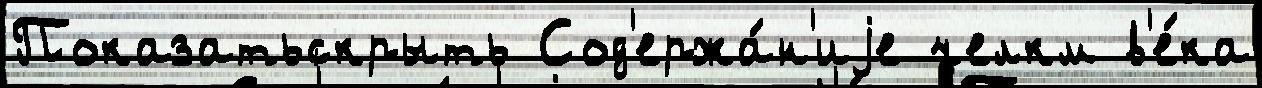
Показатьскрыть Сод'ержа́н'иjе челкм в'е́ка